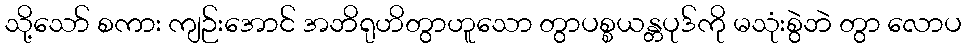
သို့သော် စကား ကျဉ်းအောင် အဘိရုဟိတွာဟူသော တွာပစ္စယန္တပုဒ်ကို မသုံးစွဲဘဲ တွာ လောပ